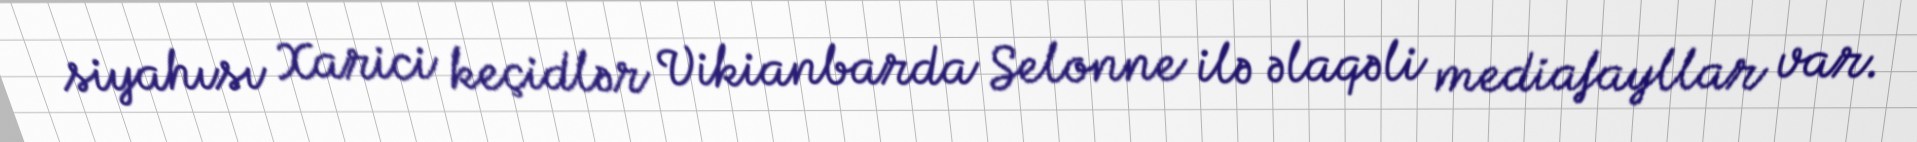
siyahısı Xarici keçidlər Vikianbarda Selonne ilə əlaqəli mediafayllar var.